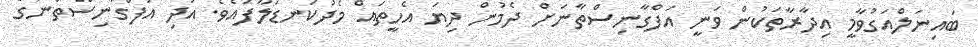
ބައިނަލްއަގުވާމީ އިދާރާތަކުން ވަނީ އަފްގާނިސްތާނަށް ދެމުން ދިޔަ އެހީތައް މެދުކަނޑަލާފައެވެ. އަދި އަފްގާނިސްތާނުގެ